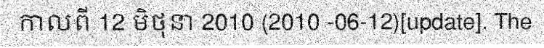
កាលពី 12 មិថុនា 2010 (2010 -06-12)[update]. The